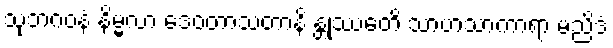
သုဘဂဝနံ နိမ္မလာ ဒေဝတာသတာနိ န္တုဿေတိ သာဟသာကာရာ မညိဒံ